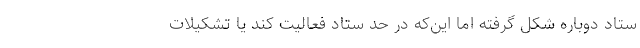
ستاد دوباره شکل گرفته اما این‌که در حد ستاد فعالیت کند یا تشکیلات